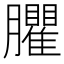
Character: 臞